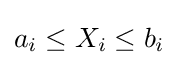
a_{i}\leq X_{i}\leq b_{i}